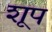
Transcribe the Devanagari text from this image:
शूप